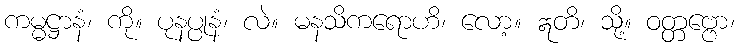
ကမ္မဋ္ဌာနံ၊ ကို။ ပုနပ္ပုနံ၊ လဲ။ မနသိကရောဟိ၊ လော့။ ဣတိ၊ သို့။ ဝတ္တဗ္ဗော၊